Lunatic asylums Bombay report 1891-1903 - 1891-1903
Year: 1891
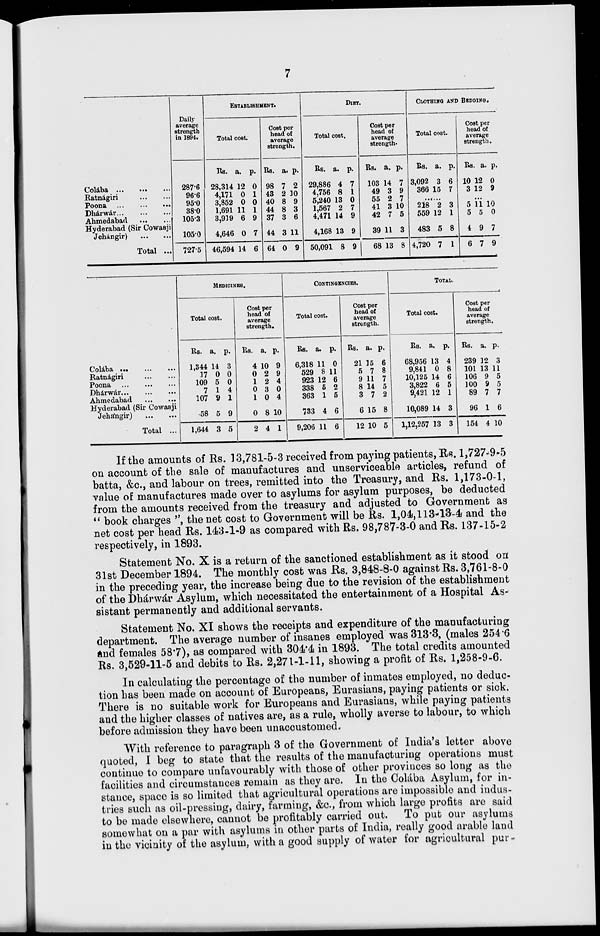
7
Colába ...
... ...
Ratnágiri
...
...
Poona
...
...
...
Dhárwár
...
...
...
Ahmedabad
...
...
Hyderabad (Sir Cowasji
Jehángir) ... ...
Total ...
Daily
average
strength
in 1894.
287.6
96.6
95.0
38.0
105.3
105.0
727.5
ESTABLISHMENT.
Total cost.
Rs.
28,314
4,171
3,852
1,691
3,919
4,646
46,594
a.
12
0
0
11
6
0
14
p.
0
1
0
1
9
7
6
Cost per
head of
average
strength.
Rs.
98
43
40
44
37
44
64
a.
7
2
8
8
3
3
0
p.
2
10
9
3
6
11
9
DIET.
Total cost.
Rs.
29,886
4,756
5,240
1,567
4,471
4,168
50,091
a.
4
8
13
2
14
13
8
p.
7
1
0
7
9
9
9
Cost per
head of
average
strength.
Rs.
103
49
55
41
42
39
68
a.
14
3
2
3
7
11
13
p.
7
9
7
10
5
3
8
CLOTHING AND BEDDING.
Total cost.
Rs.
3,092
366
a.
3
15
p.
6
7
......
218
559
483
4,720
2
12
5
7
3
1
8
1
Cost per
head of
average
strength.
Rs.
10
3
a.
12
12
p.
0
9
...
5
5
4
6
11
5
9
7
10
0
7
9
Colába ...
...
...
Ratnágiri
...
...
Poona
...
...
...
Dhárwár
...
...
...
Ahmedabad
...
...
Hyderabad (Sir Cowasji
Jehángir)
...
...
Total ...
MEDICINES.
Total cost.
Rs.
1,344
17
109
7
107
58
1,644
a.
14
0
5
1
9
5
3
p.
3
0
0
4
1
9
5
Cost per
head of
average
strength.
Rs.
4
0
1
0
1
0
2
a.
10
2
2
3
0
8
4
p.
9
9
4
0
4
10
1
CONTINGENCIES.
Total cost.
Rs.
6,318
529
923
338
363
733
9,206
a.
11
8
12
5
1
4
11
p.
0
11
6
2
5
6
6
Cost per
head of
average
strength.
Rs.
21
5
9
8
3
6
12
a.
15
7
11
14
7
15
10
p.
6
8
7
5
2
8
5
TOTAL.
Total cost.
Rs.
68,956
9,841
10,125
3,822
9,421
10,089
1,12,257
a.
13
0
14
6
12
14
13
p.
4
8
6
5
1
3
3
Cost per
head of
average
strength.
Rs.
239
101
106
100
89
96
154
a.
12
13
9
9
7
1
4
p.
3
11
5
5
7
6
10
If the amounts of Rs. 13,781-5-3 received from paying patients, Rs. 1,727-9-5
on account of the sale of manufactures and unserviceable articles, refund of
batta, &c., and labour on trees, remitted into the Treasury, and Rs. 1,173-0-1,
value of manufactures made over to asylums for asylum purposes, be deducted
from the amounts received from the treasury and adjusted to Government as
" book charges ", the net cost to Government will be Rs. 1,04,113-13-4 and the
net cost per head Rs. 143-1-9 as compared with Rs. 98,787-3-0 and Rs. 137-15-2
respectively, in 1893.
Statement No. X is a return of the sanctioned establishment as it stood on
31st December 1894. The monthly cost was Rs. 3,848-8-0 against Rs. 3,761-8-0
in the preceding year, the increase being due to the revision of the establishment
of the Dhárwár Asylum, which necessitated the entertainment of a Hospital As-
sistant permanently and additional servants.
Statement No. XI shows the receipts and expenditure of the manufacturing
department. The average number of insanes employed was 313.3, (males 254.6
and females 58.7), as compared with 304.4 in 1893. The total credits amounted
Rs. 3,529-11-5 and debits to Rs. 2,271-1-11, showing a profit of Rs. 1,258-9-6.
In calculating the percentage of the number of inmates employed, no deduc-
tion has been made on account of Europeans, Eurasians, paying patients or sick.
There is no suitable work for Europeans and Eurasians, while paying patients
and the higher classes of natives are, as a rule, wholly averse to labour, to which
before admission they have been unaccustomed.
With reference to paragraph 3 of the Government of India's letter above
quoted, I beg to state that the results of the manufacturing operations must
continue to compare unfavourably with those of other provinces so long as the
facilities and circumstances remain as they are. In the Colába Asylum, for in-
stance, space is so limited that agricultural operations are impossible and indus-
tries such as oil-pressing, dairy, farming, &c., from which large profits are said
to be made elsewhere, cannot be profitably carried out. To put our asylums
somewhat on a par with asylums in other parts of India, really good arable land
in the vicinity of the asylum, with a good supply of water for agricultural pur-